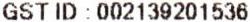
GST ID : 002139201536